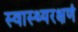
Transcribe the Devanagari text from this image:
स्वास्थ्यरक्षणं